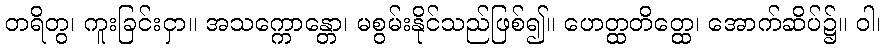
တရိတွ၊ ကူးခြင်းငှာ။ အသက္ကောန္တော၊ မစွမ်းနိုင်သည်ဖြစ်၍။ ဟေတ္ထတိတ္ထေ၊ အောက်ဆိပ်၌။ ဝါ၊